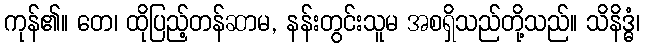
ကုန်၏။ တေ၊ ထိုပြည့်တန်ဆာမ, နန်းတွင်းသူမ အစရှိသည်တို့သည်။ သိနိဒ္ဓံ၊